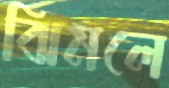
ঝিমলে